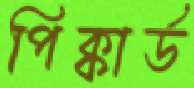
পিক্কার্ড